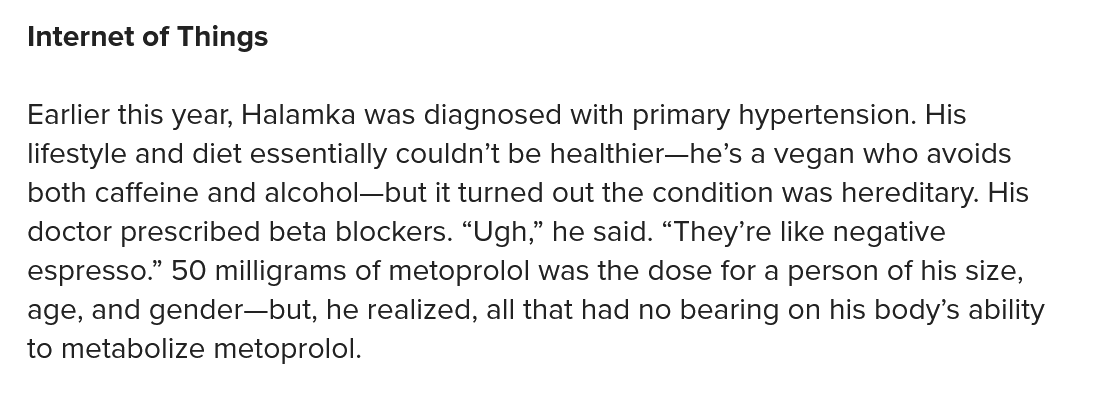
Internet of Things
  Earlier this year, Halamka was diagnosed with primary hypertension. His
  lifestyle and diet essentially couldn’t be healthier—he’s a vegan who avoids
  both caffeine and alcohol—but it turned out the condition was hereditary. His
  doctor prescribed beta blockers. “Ugh,” he said. “They’re like negative
  espresso.” 50 milligrams of metoprolol was the dose for a person of his size,
  age, and gender—but, he realized, all that had no bearing on his body’s ability
  to metabolize metoprolol.